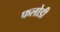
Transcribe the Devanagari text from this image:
फलोडी